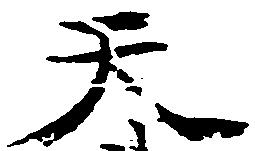
天